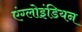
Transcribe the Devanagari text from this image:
एंग्लोइंडियन